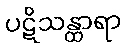
ပဋိသန္ထာရာ